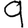
Digit: 9